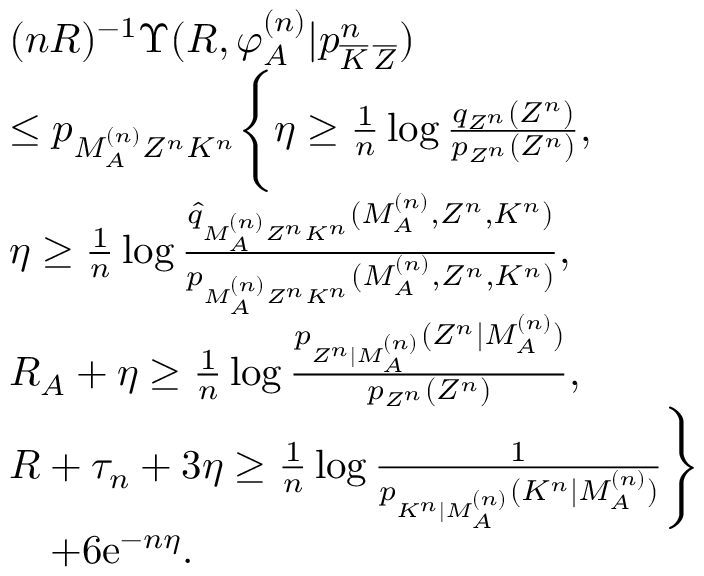
\begin{array} { r l } & { ( n R ) ^ { - 1 } \Upsilon ( R , \varphi _ { \cal A } ^ { ( n ) } | p _ { \overline { { K } } \, \overline { { Z } } } ^ { n } ) } \\ & { \leq p _ { M _ { \cal A } ^ { ( n ) } Z ^ { n } K ^ { n } } \Biggl \{ \eta \geq \frac { 1 } { n } \log \textstyle \frac { q _ { { Z } ^ { n } } ( Z ^ { n } ) } { p _ { Z ^ { n } } ( Z ^ { n } ) } , } \\ & { \eta \geq \frac { 1 } { n } \log \textstyle \frac { \hat { q } _ { M _ { \cal A } ^ { ( n ) } Z ^ { n } K ^ { n } } ( M _ { \cal A } ^ { ( n ) } , Z ^ { n } , K ^ { n } ) } { p _ { M _ { \cal A } ^ { ( n ) } Z ^ { n } K ^ { n } } ( M _ { \cal A } ^ { ( n ) } , Z ^ { n } , K ^ { n } ) } , } \\ & { R _ { \cal A } + \eta \geq \frac { 1 } { n } \log \textstyle \frac { p _ { Z ^ { n } | M _ { \cal A } ^ { ( n ) } } ( Z ^ { n } | M _ { \cal A } ^ { ( n ) } ) } { p _ { Z ^ { n } } ( Z ^ { n } ) } , } \\ & { R + \tau _ { n } + 3 \eta \geq \frac { 1 } { n } \log \textstyle \frac { 1 } { p _ { K ^ { n } | M _ { \cal A } ^ { ( n ) } } ( K ^ { n } | M _ { \cal A } ^ { ( n ) } ) } \Biggr \} } \\ & { \quad + 6 \mathrm { e } ^ { - n \eta } . } \end{array}